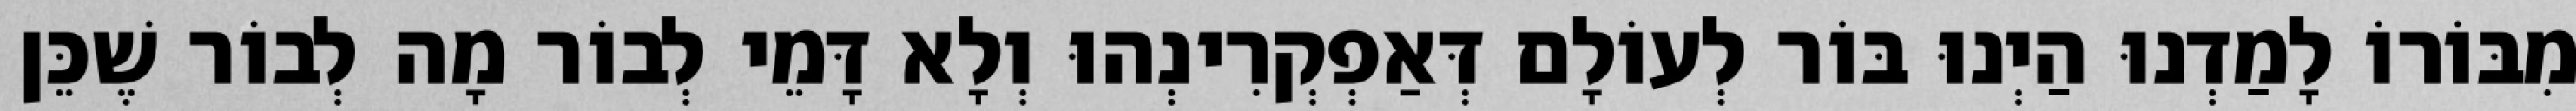
מִבּוֹרוֹ לָמַדְנוּ הַיְנוּ בּוֹר לְעוֹלָם דְּאַפְקְרִינְהוּ וְלָא דָּמֵי לְבוֹר מָה לְבוֹר שֶׁכֵּן